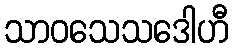
သာဝသေသဒေါဟီ